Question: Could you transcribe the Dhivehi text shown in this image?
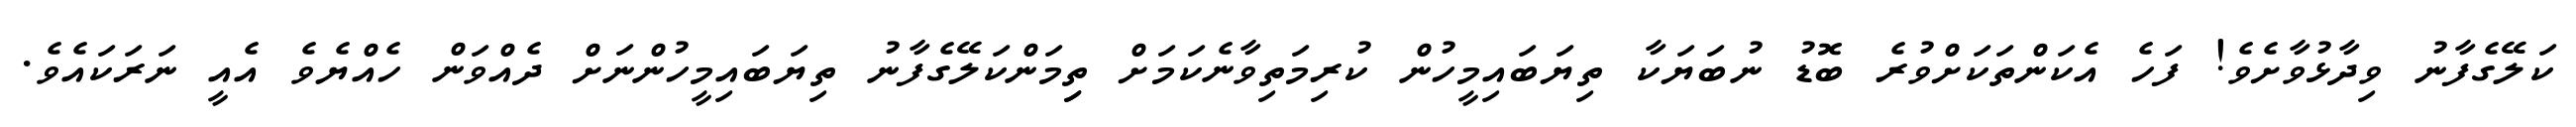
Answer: ކަލޭގެފާނު ވިދާޅުވާށެވެ! ފަހެ އެކަންތަކަށްވުރެ ބޮޑު ނުބަޔަކާ ތިޔަބައިމީހުން ކުރިމަތިވާނެކަމަށް ތިިމަންކަލޭގެފާނު ތިޔަބައިމީހުންނަށް ދެއްވަން ހެއްޔެވެ އެއީ ނަރަކައެވެ.